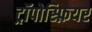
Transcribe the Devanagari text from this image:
ट्रॉपोस्फ़ियर